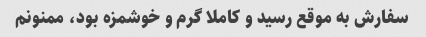
سفارش به موقع رسید و کاملا گرم و خوشمزه بود، ممنونم